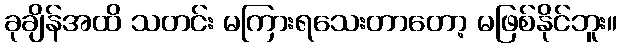
ခုချိန်အထိ သတင်း မကြားရသေးတာတော့ မဖြစ်နိုင်ဘူး။